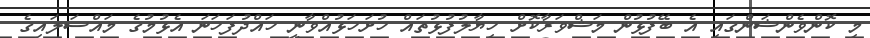
މި ކޮންވެންޝަންގައި އެ ބޭފުޅުން މަޝްވަރާކޮށް ހިޔާލުފުޅުތައް ހުށަހަޅުއްވާނީ ހައްދުފަހަނަ އެޅުމުގެ މައްސަލައިގެ